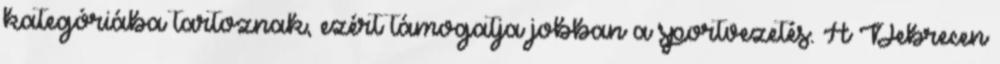
kategóriába tartoznak, ezért támogatja jobban a sportvezetés. A Debrecen